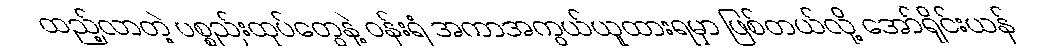
ထည့်လာတဲ့ ပစ္စည်းထုပ်တွေနဲ့ ဝန်းရံ အကာအကွယ်ယူထားရမှာ ဖြစ်တယ်လို့ အော်ရိုင်းယန်